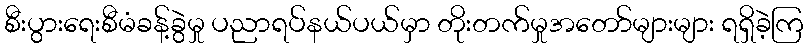
စီးပွားရေးစီမံခန့်ခွဲမှု ပညာရပ်နယ်ပယ်မှာ တိုးတက်မှုအတော်များများ ရရှိခဲ့ကြ